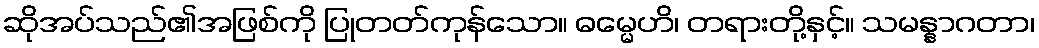
ဆိုအပ်သည်၏အဖြစ်ကို ပြုတတ်ကုန်သော။ ဓမ္မေဟိ၊ တရားတို့နှင့်။ သမန္နာဂတာ၊